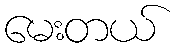
မေးတယ်